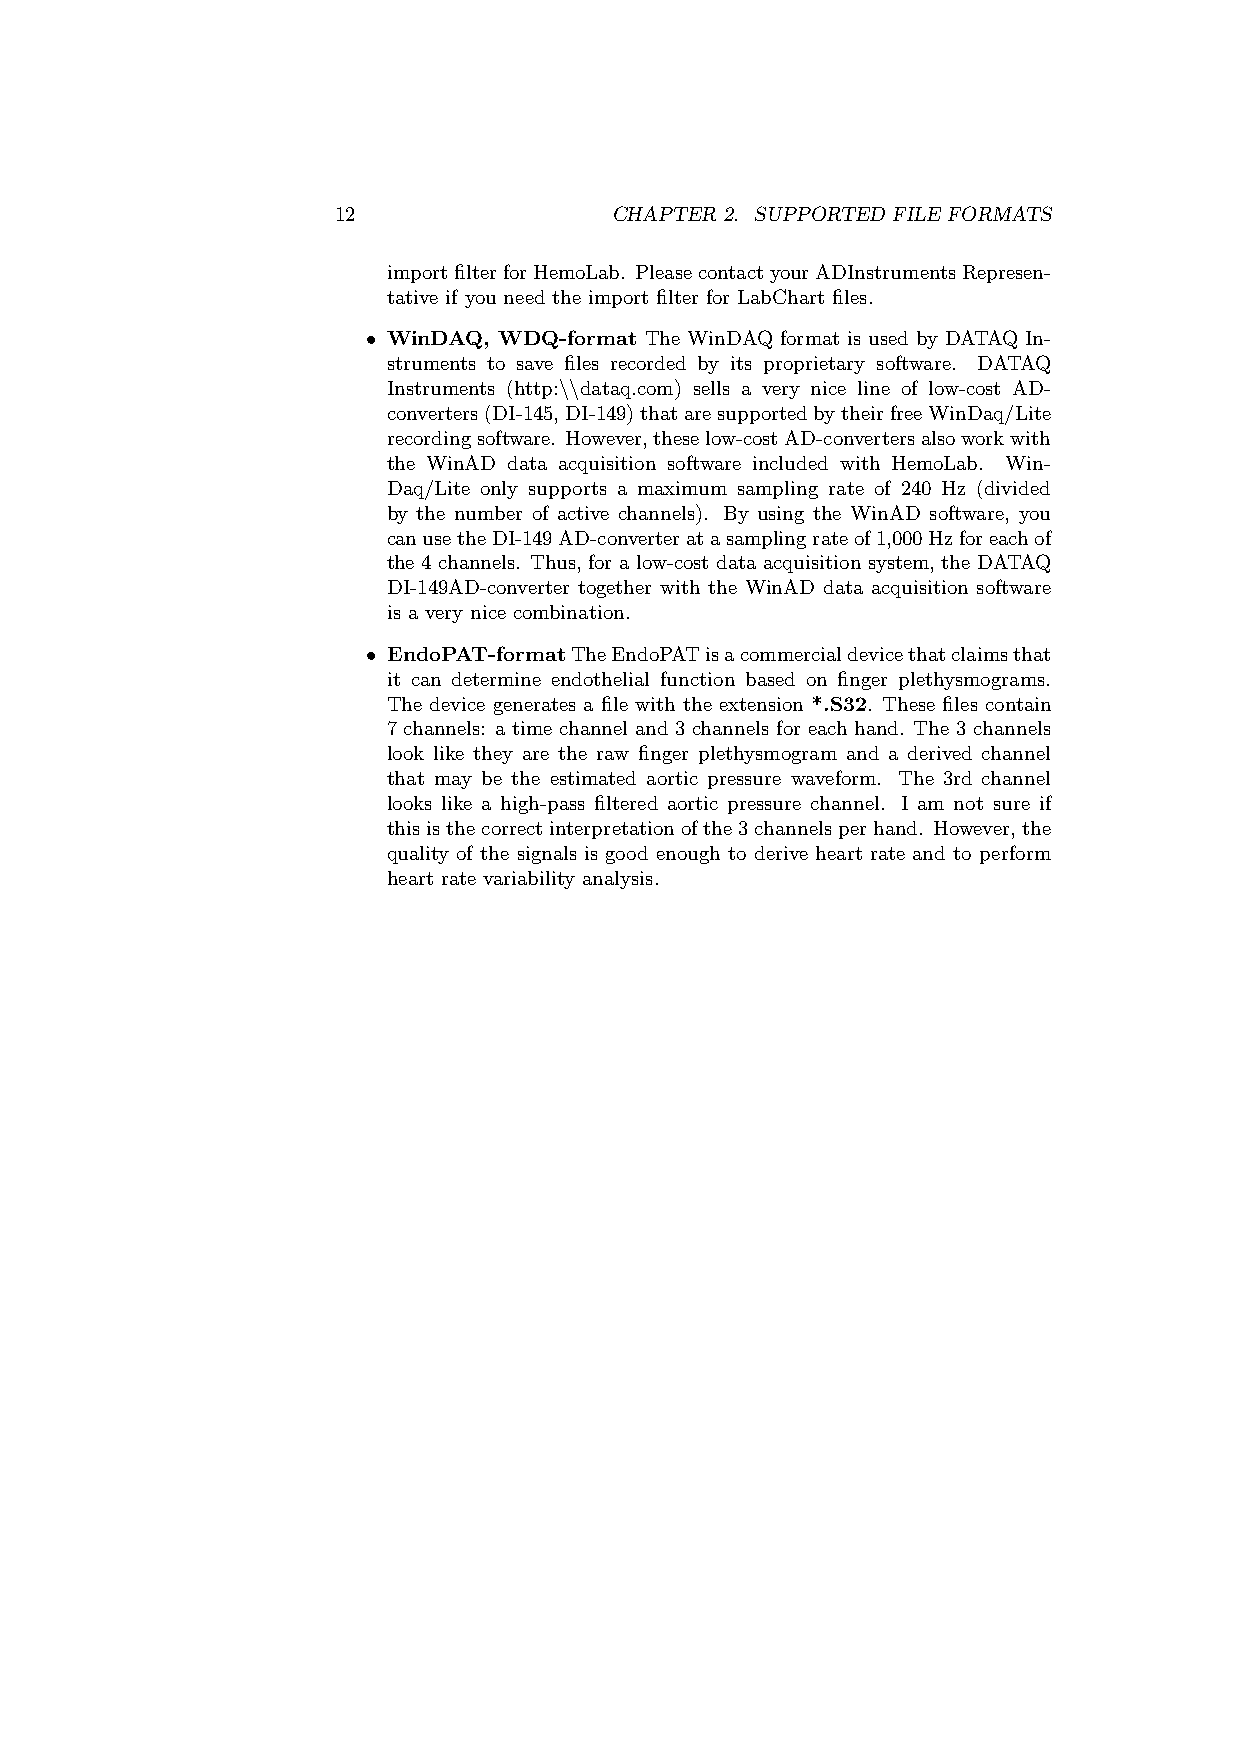
12                CHAPTER 2. SUPPORTED FILE FORMATS
 importfilterforHemoLab. PleasecontactyourADInstrumentsRepresen-
 tative if you need the import filter for LabChart files.
 • WinDAQ, WDQ-format The WinDAQ format is used by DATAQ In-
 struments to save files recorded by its proprietary software. DATAQ
 Instruments (http:\\dataq.com) sells a very nice line of low-cost AD-
 converters(DI-145,DI-149)thataresupportedbytheirfreeWinDaq/Lite
 recordingsoftware. However,theselow-costAD-convertersalsoworkwith
 the WinAD data acquisition software included with HemoLab. Win-
 Daq/Lite only supports a maximum sampling rate of 240 Hz (divided
 by the number of active channels). By using the WinAD software, you
 canusetheDI-149AD-converteratasamplingrateof1,000Hzforeachof
 the 4 channels. Thus, for a low-cost data acquisition system, the DATAQ
 DI-149AD-converter together with the WinAD data acquisition software
 is a very nice combination.
 • EndoPAT-formatTheEndoPATisacommercialdevicethatclaimsthat
 it can determine endothelial function based on finger plethysmograms.
 The device generates a file with the extension *.S32. These files contain
 7 channels: a time channel and 3 channels for each hand. The 3 channels
 look like they are the raw finger plethysmogram and a derived channel
 that may be the estimated aortic pressure waveform. The 3rd channel
 looks like a high-pass filtered aortic pressure channel. I am not sure if
 thisisthecorrectinterpretationofthe3channelsperhand. However,the
 quality of the signals is good enough to derive heart rate and to perform
 heart rate variability analysis.